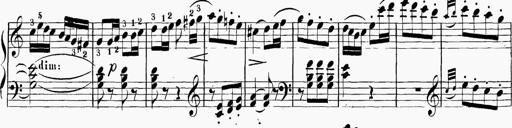
Title: 6 Sonatinas
Composer: Carl Reinecke